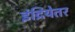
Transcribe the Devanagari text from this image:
इंद्रियेतर